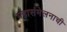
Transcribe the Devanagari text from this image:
महासंमेलनाची